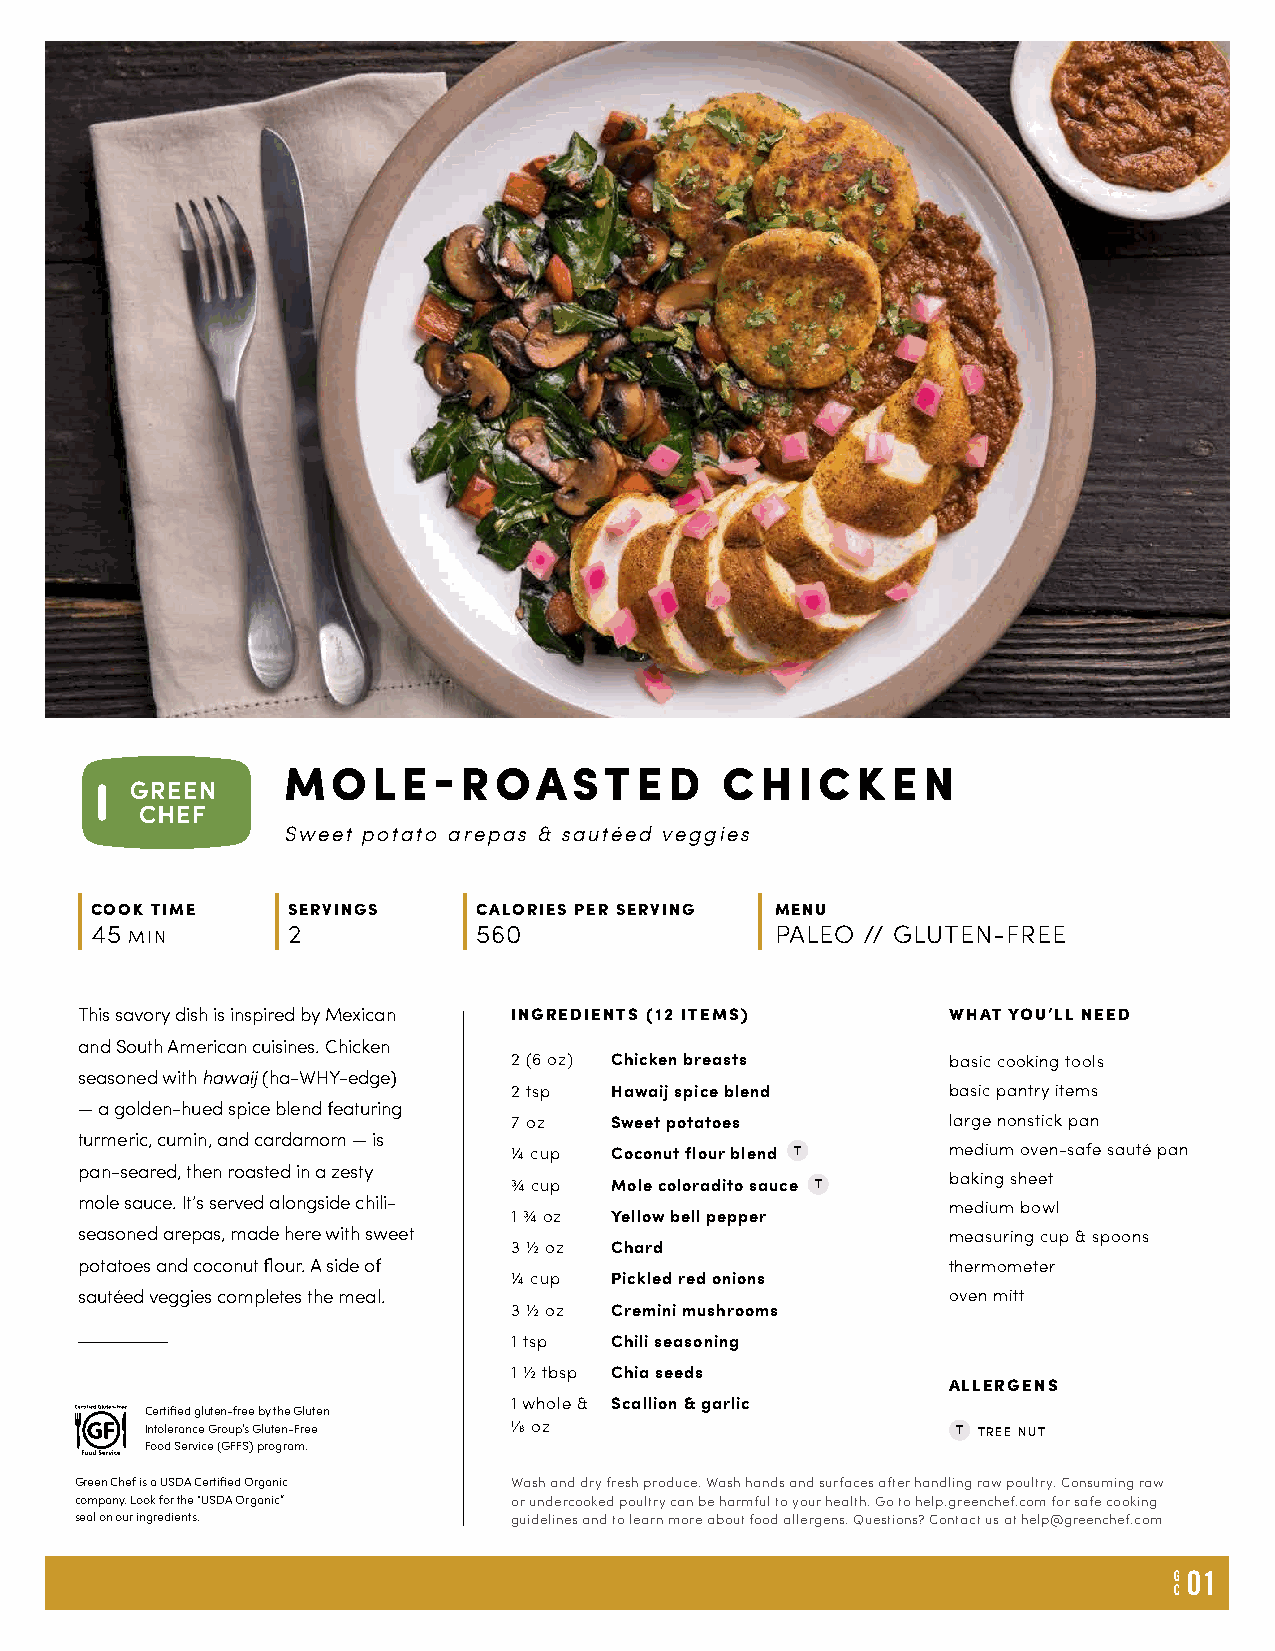
MOLE-ROASTED                 CHICKEN
 Sweet potato arepas & sautéed veggies
 COOK TIME    SERVINGS     CALORIES PER SERVING MENU
 45 MIN       2            560                PALEO // GLUTEN-FREE
 This savory dish is inspired by Mexican INGREDIENTS (12 ITEMS) WHAT YOU’LL NEED
 and South American cuisines. Chicken
 2 (6 oz) Chicken breasts     basic cooking tools
 seasoned with hawaij (ha-WHY-edge)
 2 tsp Hawaij spice blend     basic pantry items
 — a golden-hued spice blend featuring
 7 oz  Sweet potatoes         large nonstick pan
 turmeric, cumin, and cardamom — is
 ¼ cup Coconut flour blend T  medium oven-safe sauté pan
 pan-seared, then roasted in a zesty
 baking sheet
 ¾ cup Mole coloradito sauce T
 mole sauce. It’s served alongside chili-                  medium bowl
 1 ¾ oz Yellow bell pepper
 seasoned arepas, made here with sweet                     measuring cup & spoons
 3 ½ oz Chard
 potatoes and coconut flour. A side of                     thermometer
 ¼ cup Pickled red onions
 sautéed veggies completes the meal.                       oven mitt
 3 ½ oz Cremini mushrooms
 1 tsp Chili seasoning
 1 ½ tbsp Chia seeds
 ALLERGENS
 1 whole & Scallion & garlic
 Certified gluten-free by the Gluten
 Intolerance Group’s Gluten-Free 1/8 oz               T TREE NUT
 Food Service (GFFS) program.
 Green Chef is a USDA Certified Organic Wash and dry fresh produce. Wash hands and surfaces after handling raw poultry. Consuming raw
 company. Look for the “USDA Organic” or undercooked poultry can be harmful to your health. Go to help.greenchef.com for safe cooking
 seal on our ingredients.     guidelines and to learn more about food allergens. Questions? Contact us at help@greenchef.com
 G 01
 C